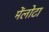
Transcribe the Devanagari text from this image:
मेंलोटा